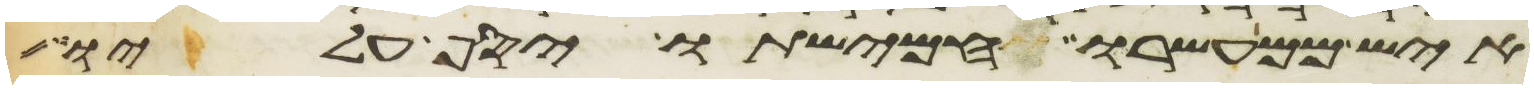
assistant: איש ממעשרו חמישתו יסף עליו